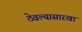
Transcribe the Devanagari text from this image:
ठेवल्यासारखा